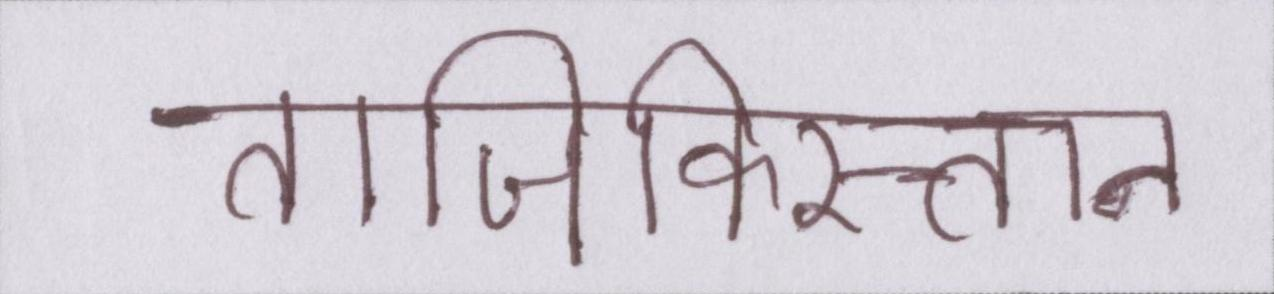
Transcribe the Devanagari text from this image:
ताजिकिस्तान